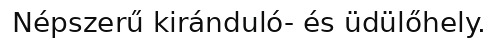
Népszerű kiránduló- és üdülőhely.